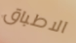
الاطباق